NAE_ERA_R-286_Sojavaelaste_Perekondade_Riikliku_Hooldamise_ja_Heaolu_Valitsus, lk 4
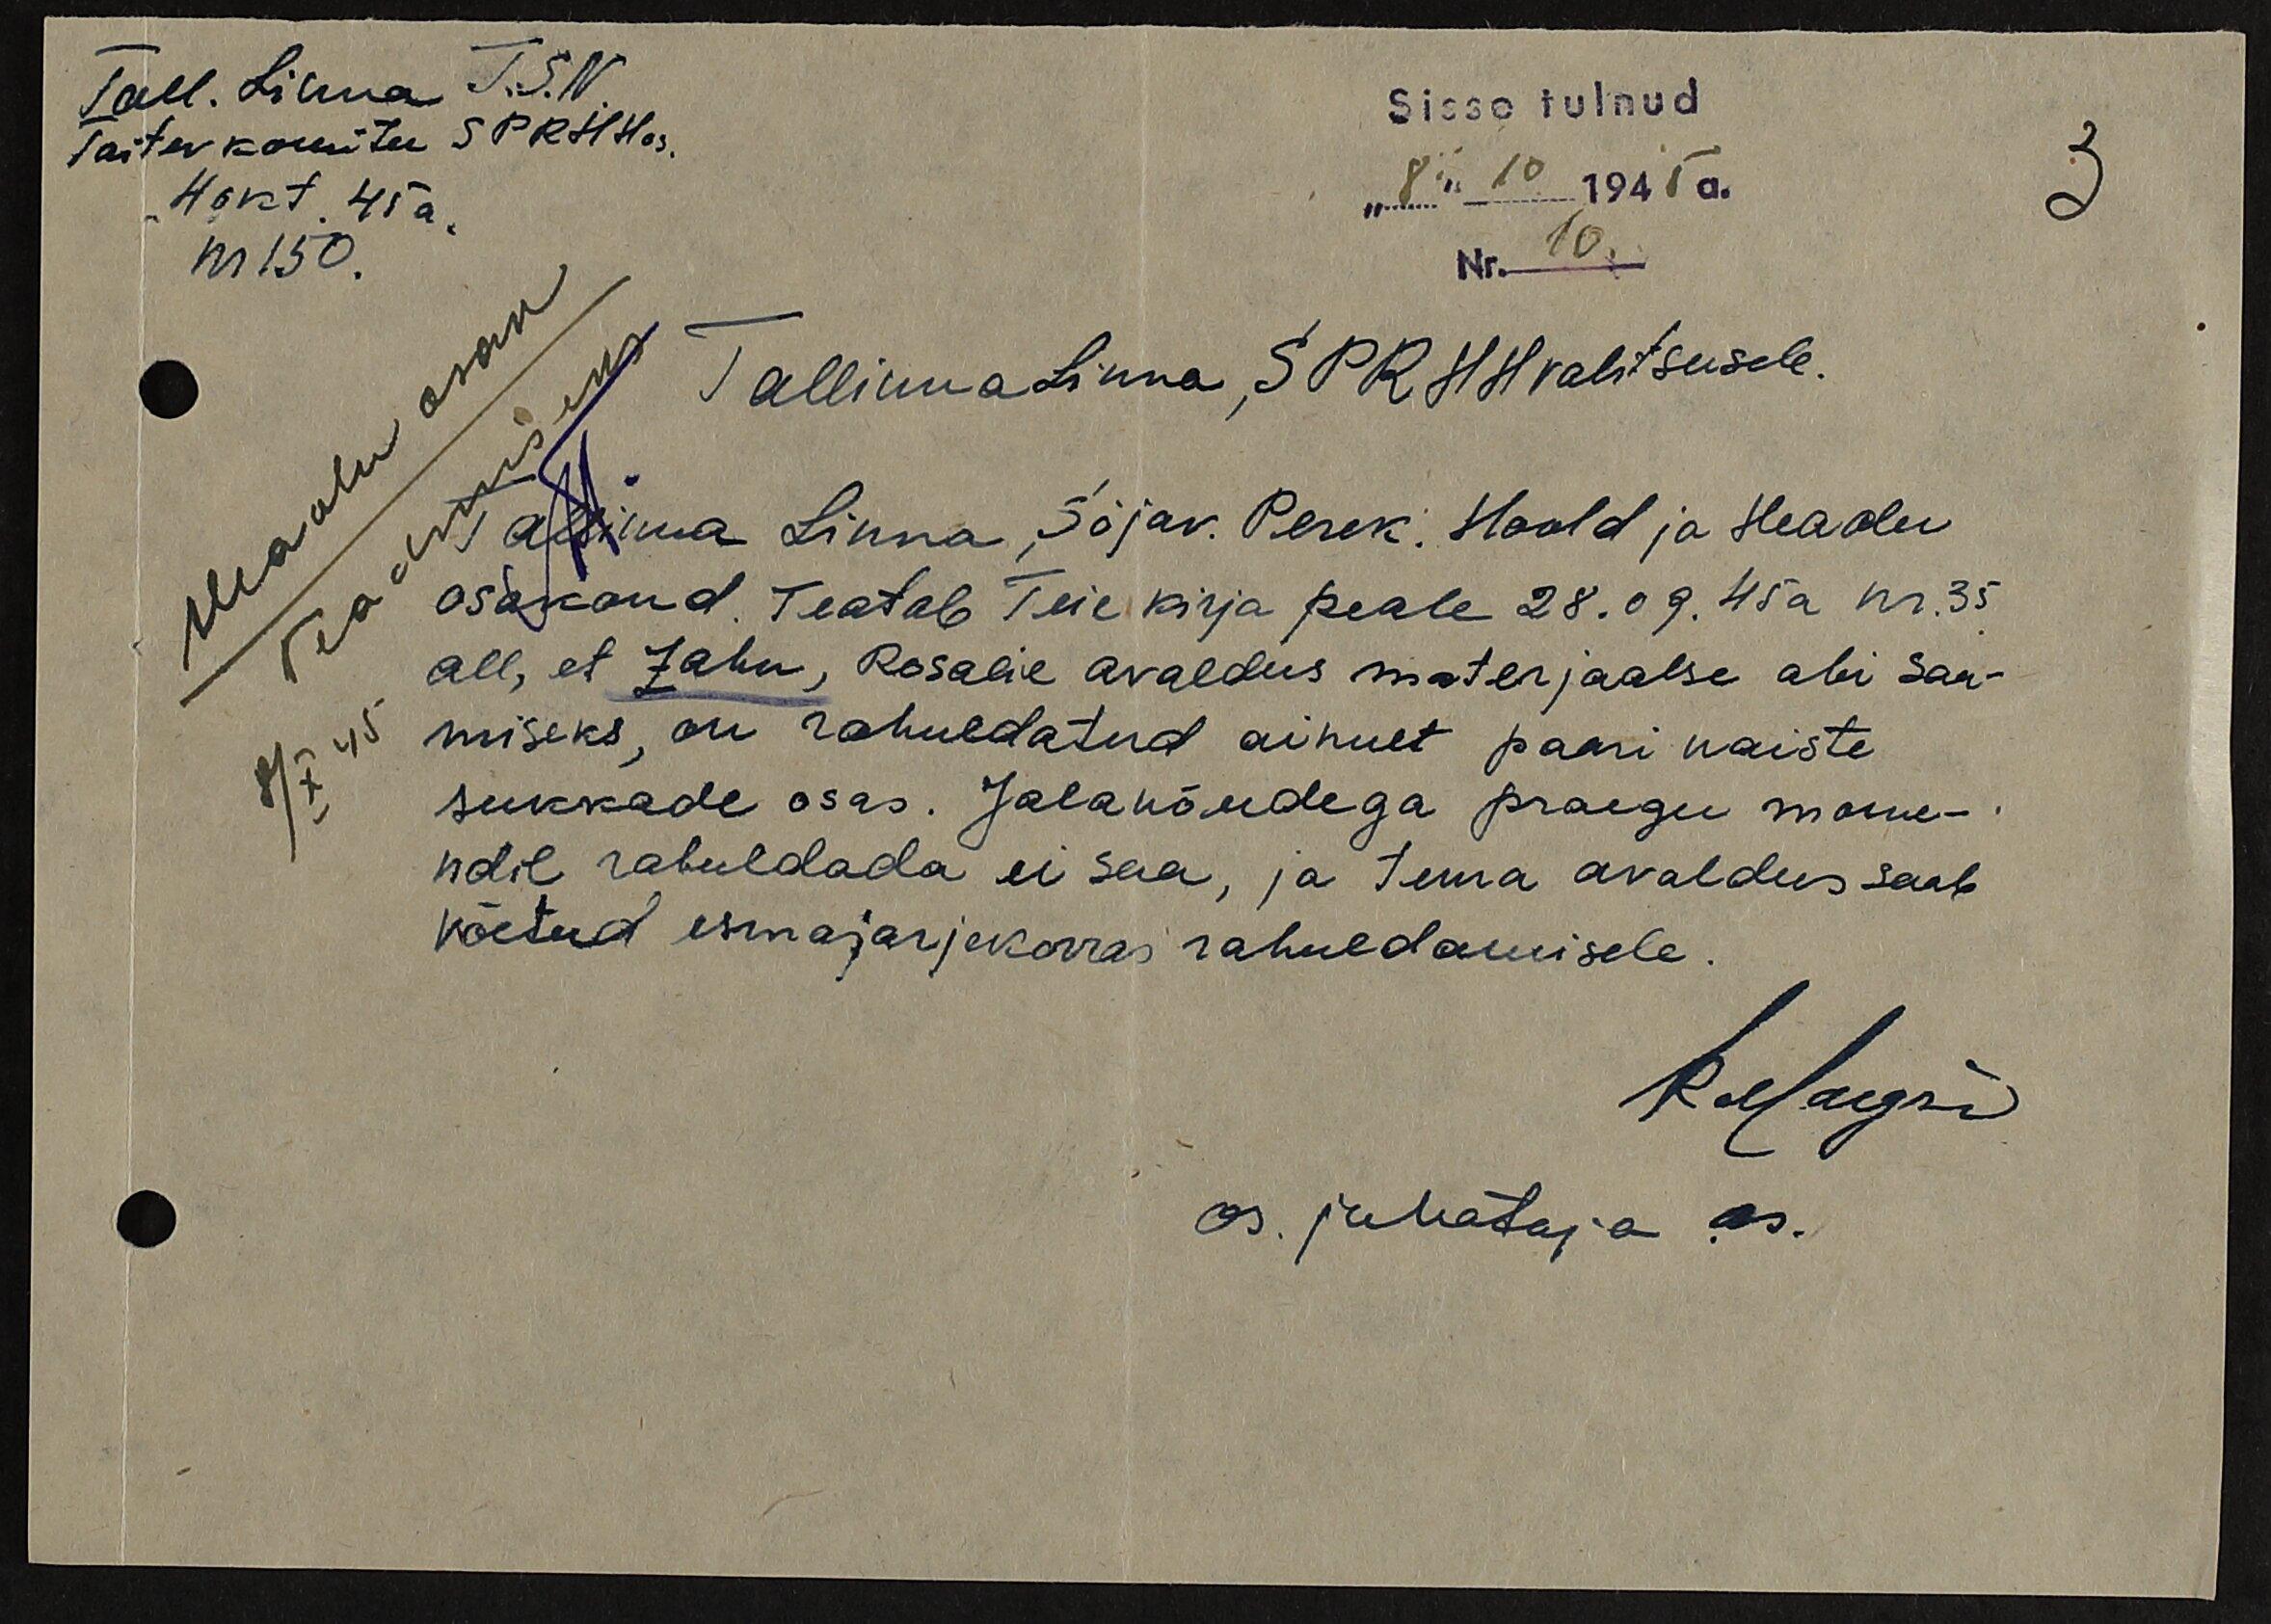
Tall. Linna T.S.N.
Taitev komitee SPRHHos.
4 okt. 45a.
nr 150.
Sisse tulnud
"8." 10 1945 a.
Nr. 10.
3
Heaolu osak
Teadmiseks
8/X 45
Tallinna Linna SPRHH valitsusele.
Tallinna Linna Sõjav. Perek. Hoold ja Heaolu
osakond. Teatab Teie kirja peale 28.09.45a nr. 35
all, et Zahn, Rosalie avaldus materjaalse abi saa-
miseks, on rahuldatud ainult paari naiste
sukkade osas. Jalanõudega praegu mome-
ndil rahuldada ei saa, ja tema avaldus saab
võetud esmajarjekorras rahuldamisele.
os. juhataja as.